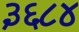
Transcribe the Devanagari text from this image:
३६८४